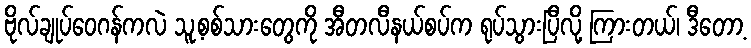
ဗိုလ်ချုပ်ဝေဂန်ကလဲ သူ့စစ်သားတွေကို အီတလီနယ်စပ်က ရုပ်သွားပြီလို့ ကြားတယ်၊ ဒီတော့